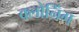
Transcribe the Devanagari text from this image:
क्‍लोनिंग